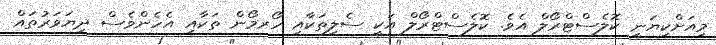
މިއަށްކިޔަނީ ކޮލެސްޓްރޯލް އެވެ. ކޮލެސްޓްރޯލް އަކީ ސެލިތަކާއި ހޯރމޯން ތަކާއި އެހެންވެސް ދިޔަވަރުތައް